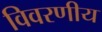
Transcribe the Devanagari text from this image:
विवरणीय